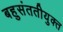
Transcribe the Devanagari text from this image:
बहुसंततीयुक्त